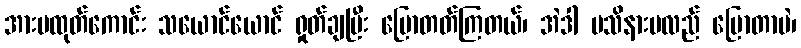
အားမထုတ်ကောင်း သယောင်ယောင် ရှုတ်ချပြီး ပြောတတ်ကြတယ်၊ အဲဒါ မသိနားမလည် ပြောတာပဲ၊